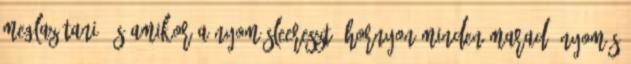
meglazítani, és amikor a nyomásleeresztõ hornyon minden maradó nyomás